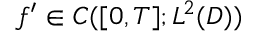
f ^ { \prime } \in C ( [ 0 , T ] ; L ^ { 2 } ( D ) )